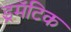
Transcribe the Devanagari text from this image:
ड्रमॅटिक